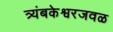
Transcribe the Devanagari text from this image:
त्र्यंबकेश्वरजवळ